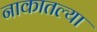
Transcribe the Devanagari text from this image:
नाकातल्या